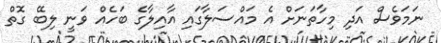
ނަމަވެސް އަދި މިހާތަނަށް އެ މައްސަލާގައި އާއިލާގެ ބަހެއް ވަނީ ލިބޭ ގޮތް